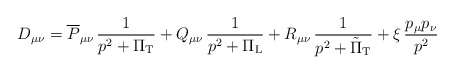
\begin{align*}D_{\mu\nu} = \overline{P}_{\mu\nu}\,\frac{1}{p^{2}+\Pi_{\rm T}} +Q_{\mu\nu}\,\frac{1}{p^{2}+\Pi_{\rm L}} +R_{\mu\nu}\,\frac{1}{p^{2}+\tilde{\Pi}_{\rm T}} +\xi\,\frac{p_{\mu}p_{\nu}}{p^{2}}\end{align*}